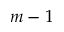
m - 1